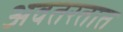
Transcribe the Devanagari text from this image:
अवतरतात